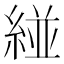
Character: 𮈝